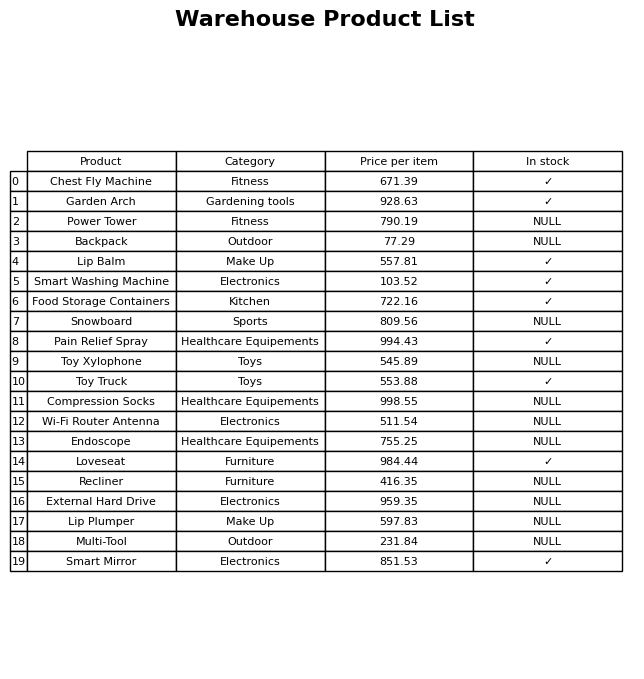
question: What is the price for Wi-Fi Router Antenna?
answer: The price of Wi-Fi Router Antenna is 511.54.